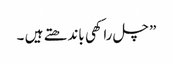
” چل راکھی باندھتے ہیں ۔